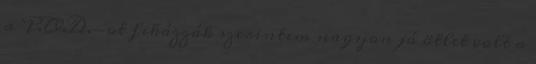
a P.O.D.-ot fikázzák szerintem nagyon jó ötlet volt a